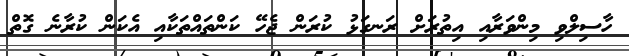
ހާސިލްވި މިންވަރާއި އިތުރަށް ރަނގަޅު ކުރަން ޖެހޭ ކަންތައްތަކާއި އެކަން ކުރާނެ ގޮތް